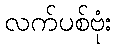
လက်ပစ်ဗုံး